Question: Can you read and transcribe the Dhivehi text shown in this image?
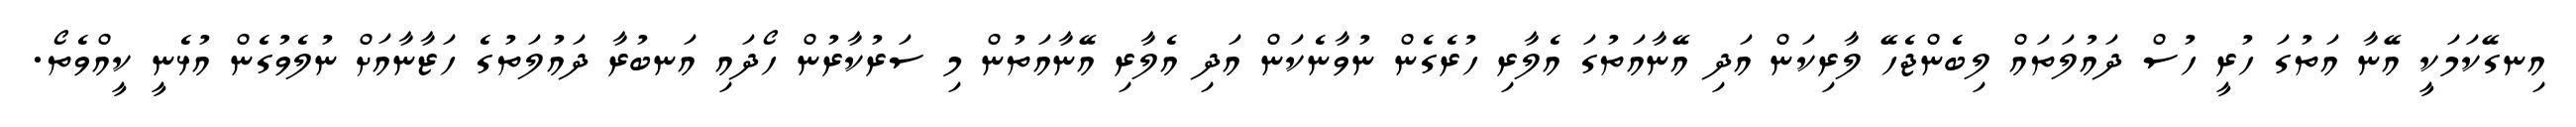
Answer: އިނގޭކަމަކީ އޭނާ އަތުގަ ހުރީ ހުސް ދައުލަތައް ލިބެންޖެހޭ ލާރިކަން އަދި އޭނާއަތުގަ އެލާރި ހުރެގެން ނުވާނެކަން އަދި އެލާރި އޭނާއަތުން މި ސަރުކާރުން ހޯދައި އަނބުރާ ދައުލަތުގެ ހަޒާނާއަށް ނުލެވުގެން އުޅެނީ ކީއްވެތޯ.